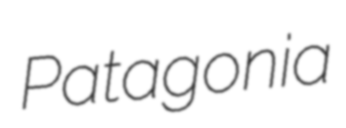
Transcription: Patagonia